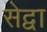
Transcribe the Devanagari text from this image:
सेद्वा